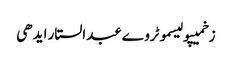
زخمیپولیسموٹروےعبدالستار ایدھی